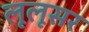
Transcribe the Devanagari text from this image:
लूलूसर